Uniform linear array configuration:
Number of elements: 8
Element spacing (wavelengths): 0.25
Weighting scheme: blackman
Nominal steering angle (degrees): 0
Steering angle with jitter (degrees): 0.1282
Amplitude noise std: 0.05
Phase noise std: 0.05

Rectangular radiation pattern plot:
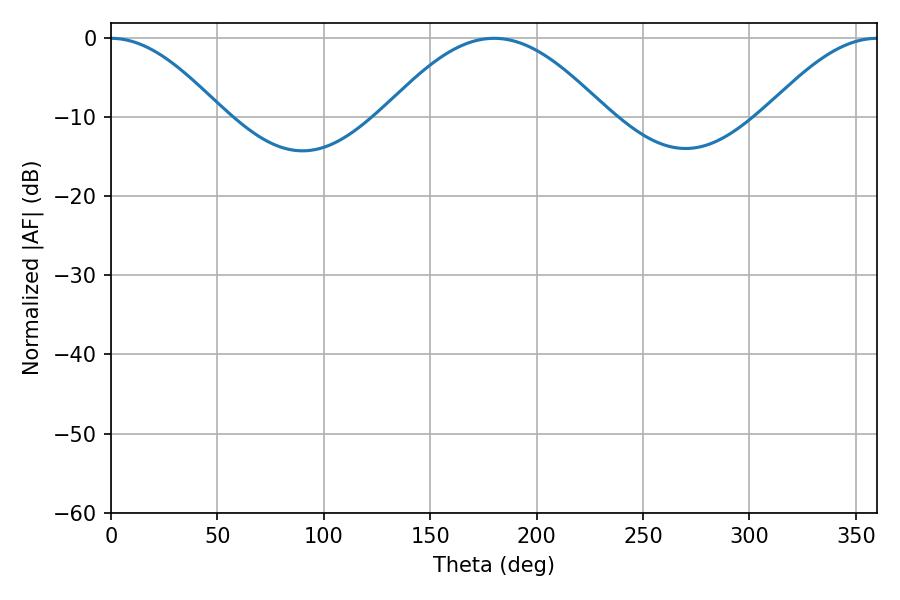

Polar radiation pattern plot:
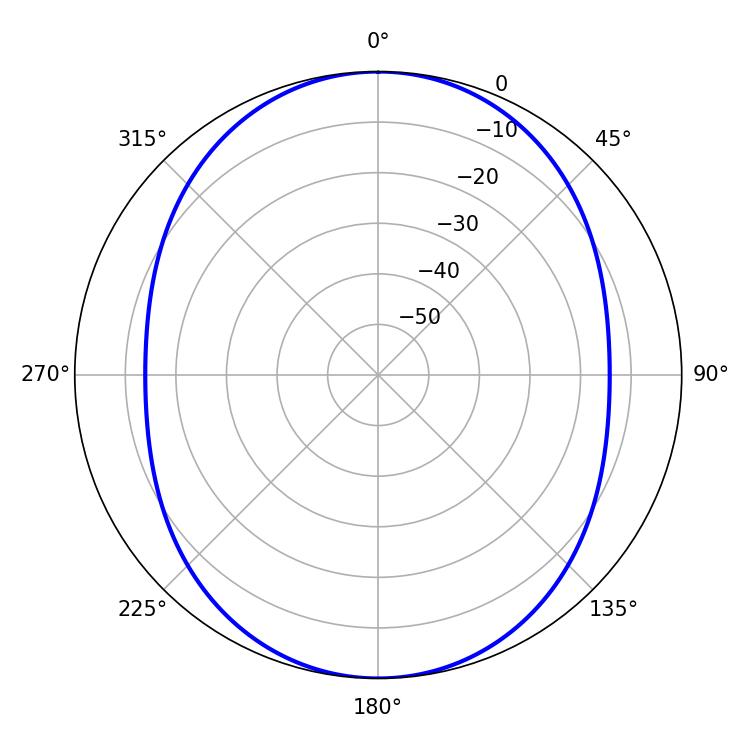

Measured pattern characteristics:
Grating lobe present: FALSE
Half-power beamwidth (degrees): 56.52
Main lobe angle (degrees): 180